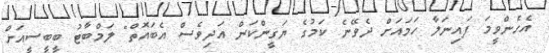
އެހެންވީމަ ފައިނަލާ ހަމައަށް ދެވޭނެ ކަމުގެ ޔަގީންކަން އަދިވެސް އެބައޮތް" ލަމްބާޓު ބީބީސީއަށް